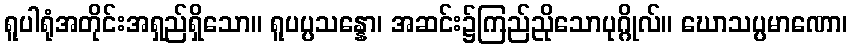
ရူပါရုံအတိုင်းအရှည်ရှိသော။ ရူပပ္ပသန္နော၊ အဆင်း၌ကြည်ညိုသောပုဂ္ဂိုလ်။ ဃောသပ္ပမာဏော၊